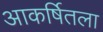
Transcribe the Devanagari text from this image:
आकर्षितला